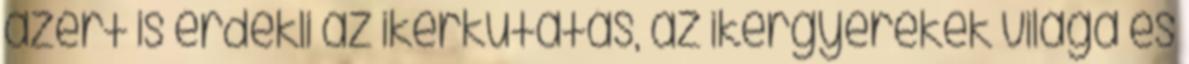
azért is érdekli az ikerkutatás, az ikergyerekek világa és